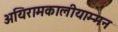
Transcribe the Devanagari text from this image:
अयिरामकालीयाम्मन